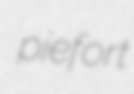
piefort